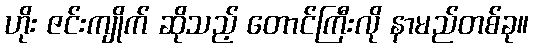
ဟိုး ဇင်းကျိုက် ဆိုသည့် တောင်ကြီးလို နာမည်တစ်ခု။